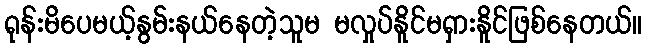
ရုန်းမိပေမယ့်နွမ်းနယ်နေတဲ့သူမ မလှုပ်နိူင်မရှားနိူင်ဖြစ်နေတယ်။